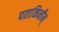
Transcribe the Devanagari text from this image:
पताकिनीम्